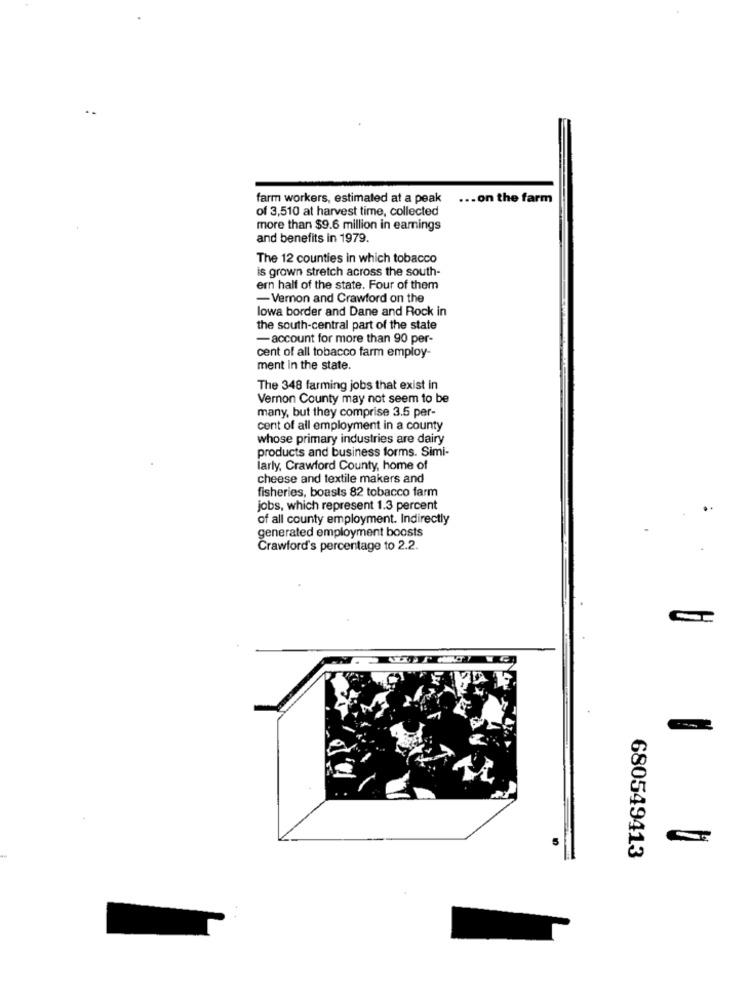
farm workers, estimated at a peak
... on the farm
of 3,510 at harvest time, collected
more than $9.6 million in earnings
and benefits in 1979.
The 12 counties in which tobacco
is grown stretch across the south-
ern half of the state. Four of them
-Vernon and Crawford on the
lowa border and Dane and Rock in
the south-central part of the state
-account for more than 90 per-
cent of all tobacco farm employ-
ment In the state.
The 348 farming jobs that exist in
Vernon County may not seem to be
many, but they comprise 3.5 per-
cent of all employment in a county
whose primary industries are dairy
products and business forms. Simi-
larly, Crawford County, home of
cheese and textile makers and
fisheries, boasts 82 tobacco farm
jobs, which represent 1.3 percent
of all county employment. Indirectly
generated employment boosts
Crawford's percentage to 2.2.
680549413